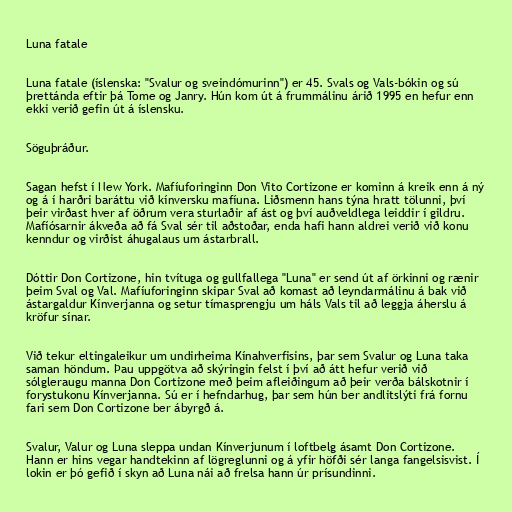
Luna fatale

Luna fatale (íslenska: "Svalur og sveindómurinn") er 45. Svals og Vals-bókin og sú
þrettánda eftir þá Tome og Janry. Hún kom út á frummálinu árið 1995 en hefur enn
ekki verið gefin út á íslensku.

Söguþráður.

Sagan hefst í New York. Mafíuforinginn Don Vito Cortizone er kominn á kreik enn á ný
og á í harðri baráttu við kínversku mafíuna. Liðsmenn hans týna hratt tölunni, því
þeir virðast hver af öðrum vera sturlaðir af ást og því auðveldlega leiddir í gildru.
Mafíósarnir ákveða að fá Sval sér til aðstoðar, enda hafi hann aldrei verið við konu
kenndur og virðist áhugalaus um ástarbrall.

Dóttir Don Cortizone, hin tvítuga og gullfallega "Luna" er send út af örkinni og rænir
þeim Sval og Val. Mafíuforinginn skipar Sval að komast að leyndarmálinu á bak við
ástargaldur Kínverjanna og setur tímasprengju um háls Vals til að leggja áherslu á
kröfur sínar.

Við tekur eltingaleikur um undirheima Kínahverfisins, þar sem Svalur og Luna taka
saman höndum. Þau uppgötva að skýringin felst í því að átt hefur verið við
sólgleraugu manna Don Cortizone með þeim afleiðingum að þeir verða bálskotnir í
forystukonu Kínverjanna. Sú er í hefndarhug, þar sem hún ber andlitslýti frá fornu
fari sem Don Cortizone ber ábyrgð á.

Svalur, Valur og Luna sleppa undan Kínverjunum í loftbelg ásamt Don Cortizone.
Hann er hins vegar handtekinn af lögreglunni og á yfir höfði sér langa fangelsisvist. Í
lokin er þó gefið í skyn að Luna nái að frelsa hann úr prísundinni.